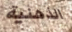
الذهنية